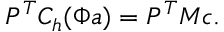
P ^ { T } C _ { h } ( \Phi \boldsymbol { a } ) = P ^ { T } M \boldsymbol { c } .